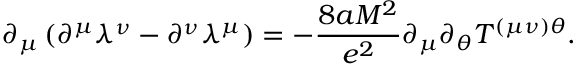
\partial _ { \mu } \left( \partial ^ { \mu } \lambda ^ { \nu } - \partial ^ { \nu } \lambda ^ { \mu } \right) = - \frac { 8 a M ^ { 2 } } { e ^ { 2 } } \partial _ { \mu } \partial _ { \theta } T ^ { ( \mu \nu ) \theta } .